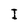
Character: I